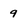
Character: 9